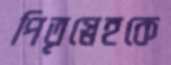
পিতৃস্নেহকে